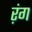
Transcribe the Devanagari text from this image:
ऱंग